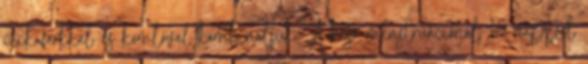
cickafarkkal és komlóval kombináljuk. A késő menstruációnál 10 nappal